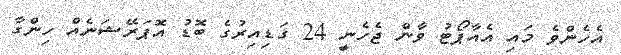
އެހެންވެ މައި އެއާޕޯޓު ވާން ޖެހެނީ 24 ގަޑިއިރުގެ ބޮޑު އޮޕަރޭޝަނެއް ހިންގާ